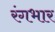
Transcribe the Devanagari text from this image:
रंगभार